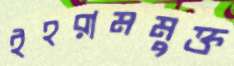
ইহরামমুক্ত